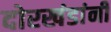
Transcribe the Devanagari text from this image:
दोरखंडांनी